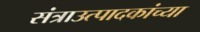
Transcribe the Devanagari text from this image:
संत्राउत्पादकांच्या